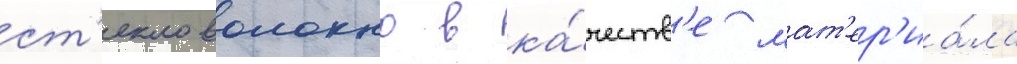
ст'екловолокно в ка́честв'е мат'ер'иа́ла